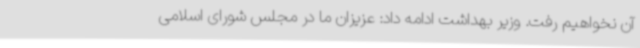
آن نخواهیم رفت. وزیر بهداشت ادامه داد: عزیزان ما در مجلس شورای اسلامی